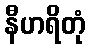
နီဟရိတုံ